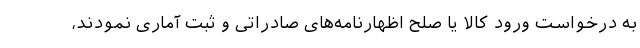
به درخواست ورود کالا یا صلح اظهارنامه‌های صادراتی و ثبت آماری نمودند،